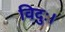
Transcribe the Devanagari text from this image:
विदुः।